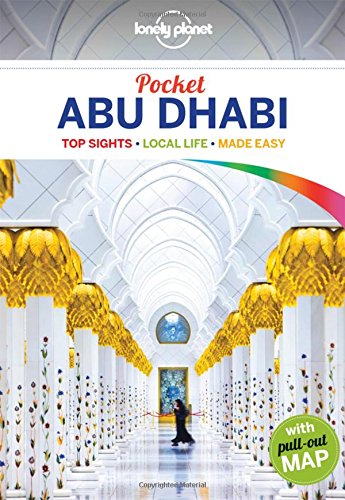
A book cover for Lonely Planet Pocket Abu Dhabi (Travel Guide); Lonely Planet; Travel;